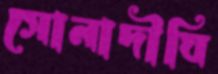
সোনাদীঘি